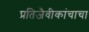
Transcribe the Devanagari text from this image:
प्रतिजैवीकांचाचा